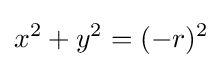
x^{2}+y^{2}=(-r)^{2}